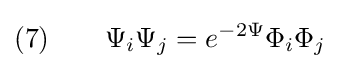
(7)\qquad \Psi _{i}\Psi _{j}=e^{-2\Psi }\Phi _{i}\Phi _{j}